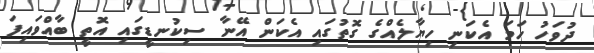
ދުވަހު ހަމަ އެކަނި ހިޔާލެއްގެ ގޮތުގައި އެކަން އޭނާ ސިކުނޑީގައި އޮތީ ބާއްވައިފަ